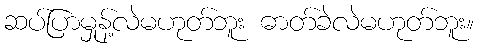
ဆပ်ပြာမှုန့်လဲမဟုတ်ဘူး ဓာတ်ခဲလဲမဟုတ်ဘူး။